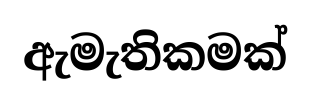
ඇමැතිකමක්